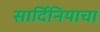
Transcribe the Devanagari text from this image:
सार्दिनियाचा